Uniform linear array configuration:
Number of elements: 32
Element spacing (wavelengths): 0.5
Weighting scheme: cosine
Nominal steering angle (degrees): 15
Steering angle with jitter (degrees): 14.905
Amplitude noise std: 0.05
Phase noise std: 0.05

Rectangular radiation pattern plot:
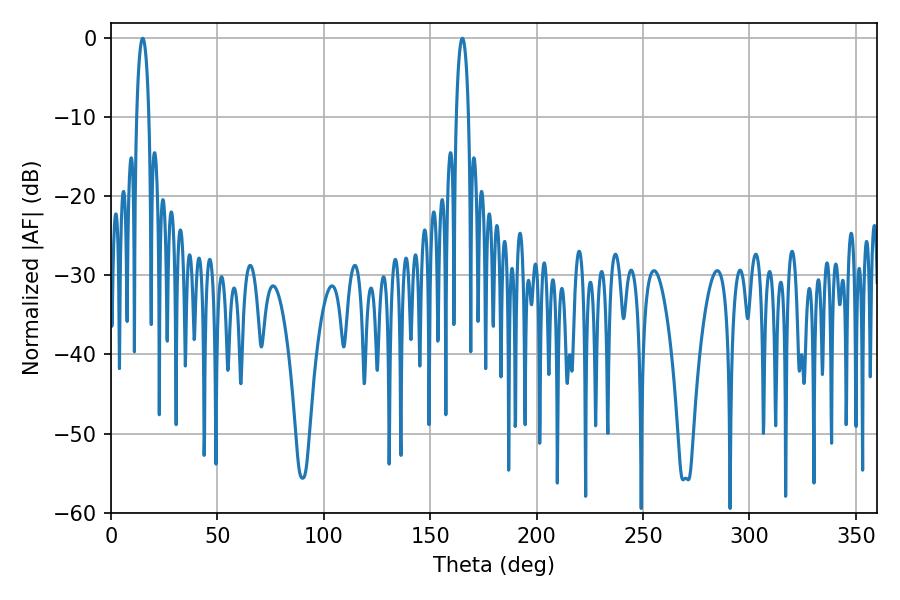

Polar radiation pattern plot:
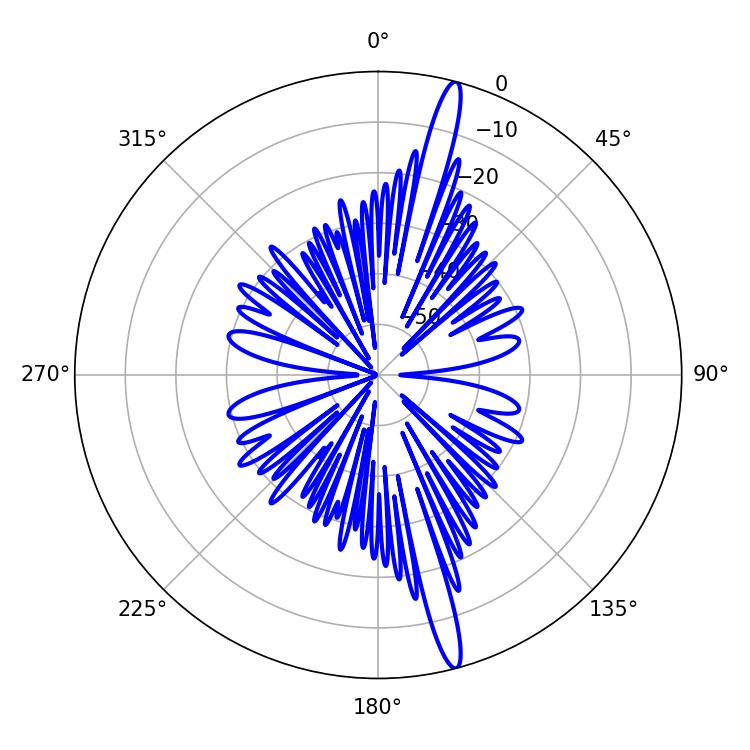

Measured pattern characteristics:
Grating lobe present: FALSE
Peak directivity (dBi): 17.849
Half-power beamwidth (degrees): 3.24
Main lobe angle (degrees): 14.94